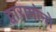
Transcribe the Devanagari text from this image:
द्वारामोनो